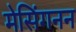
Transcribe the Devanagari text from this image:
मेसिंगनन